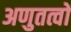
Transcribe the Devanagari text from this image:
अणुतत्वों